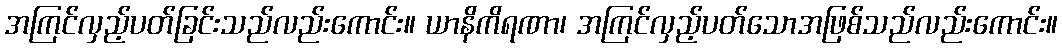
အကြင်လှည့်ပတ်ခြင်းသည်လည်းကောင်း။ ယာနိကိရဏာ၊ အကြင်လှည့်ပတ်သောအဖြစ်သည်လည်းကောင်း။